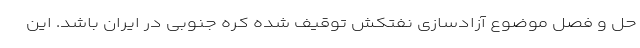
حل و فصل موضوع آزادسازی نفتکش توقیف شده کره جنوبی در ایران باشد. این